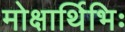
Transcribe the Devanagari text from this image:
मोक्षार्थिभिः